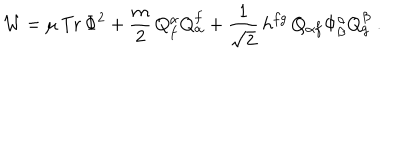
LaTeX: { \cal { W } } = \mu \, \mathrm { T r } \, \Phi ^ { 2 } + \frac { m } { 2 } \, Q _ { f } ^ { \alpha } Q _ { \alpha } ^ { f } + \frac { 1 } { \sqrt { 2 } } \, h ^ { f g } \, Q _ { \alpha f } \Phi _ { \beta } ^ { \alpha } Q _ { g } ^ { \beta } \; .